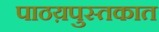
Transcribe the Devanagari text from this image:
पाठय़पुस्तकात